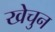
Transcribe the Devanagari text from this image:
खेचुन